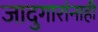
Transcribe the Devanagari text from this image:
जादुगारांनाही